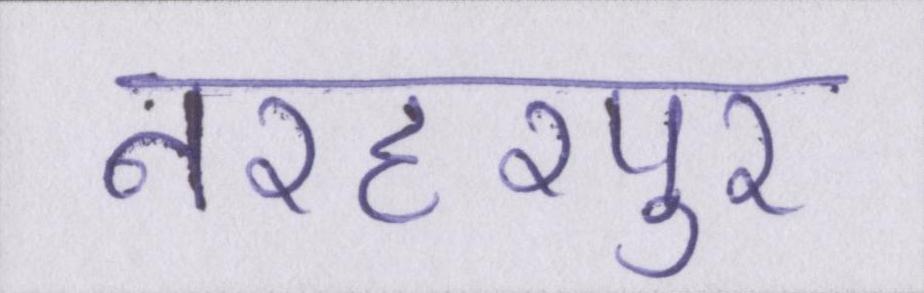
नरहरपुर